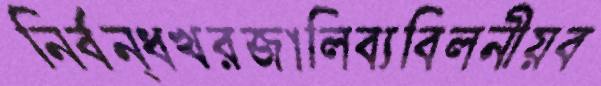
নির্বন্ধখরজালিব্যবিলনীয়ব